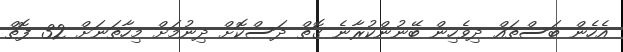
އެހެން ބަސްތައް ދިވެހިން ބޭނުންކުރާނެ ގޮތް ދަސްކޮށް ދިނުމަށް މިހާތަނަށް 32 ފޮތް